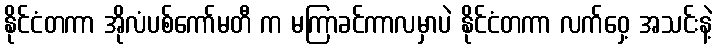
နိုင်ငံတကာ အိုလံပစ်ကော်မတီ က မကြာခင်ကာလမှာပဲ နိုင်ငံတကာ လက်ဝှေ့ အသင်းနဲ့